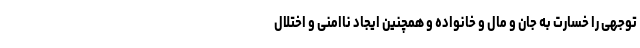
توجهی را خسارت به جان و مال و خانواده و همچنین ایجاد ناامنی و اختلال